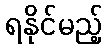
ရနိုင်မည့်